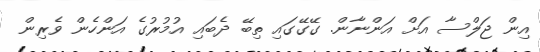
އިން ޖަލްސާ އަށް އަންނާން. ގޭގޭގައި ތިބޭ ދެބައި އުމުރުގެ އަންހެން ވެރިން